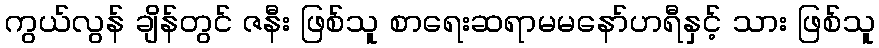
ကွယ်လွန် ချိန်တွင် ဇနီး ဖြစ်သူ စာရေးဆရာမမနော်ဟရီနှင့် သား ဖြစ်သူ